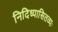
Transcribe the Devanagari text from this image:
निदिध्यासितव्यः